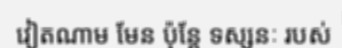
វៀតណាម មែន ប៉ុន្តែ ទស្សនៈ របស់